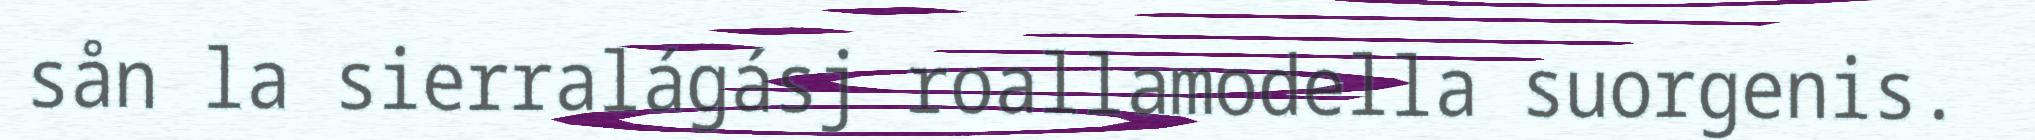
sån la sierralágásj roallamodella suorgenis.